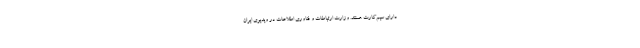
دارای سیم‌کارت هستند. وزارت ارتباطات و فناوری اطلاعات در ویدیوی ایران